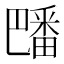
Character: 𪽡